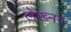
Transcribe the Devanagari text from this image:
लेख्नन